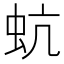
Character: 蚢